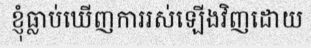
ខ្ញុំធ្លាប់ឃើញការរស់ឡើងវិញដោយ